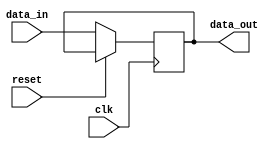
module timing_control_and_synchronization (
    input wire reset,
    input wire clk,
    input wire data_in,
    output reg data_out
);

// Clock generation
always @(posedge clk or posedge reset) begin
    if (reset) begin
        // Initialize clock signals
    end else begin
        // Generate clock signals
    end
end

// Delay circuit implementation
always @(posedge clk or posedge reset) begin
    if (reset) begin
        // Reset delay circuit
    end else begin
        // Implement delay circuit
    end
end

// Data synchronization
always @(posedge clk or posedge reset) begin
    if (reset) begin
        // Reset data synchronization
    end else begin
        // Synchronize data between modules
        data_out <= data_in;
    end
end

endmodule